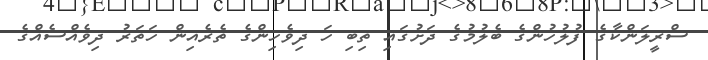
ސްރީލަންކާގެ ފުލުހުންގެ ބެލުމުގެ ދަށުގައި ތިބި ހަ ދިވެހިންގެ ތެރެއިން ހަތަރު ދިވެއްސެއްގެ